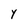
Character: Y